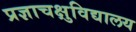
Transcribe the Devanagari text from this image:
प्रज्ञाचक्षुविद्यालय